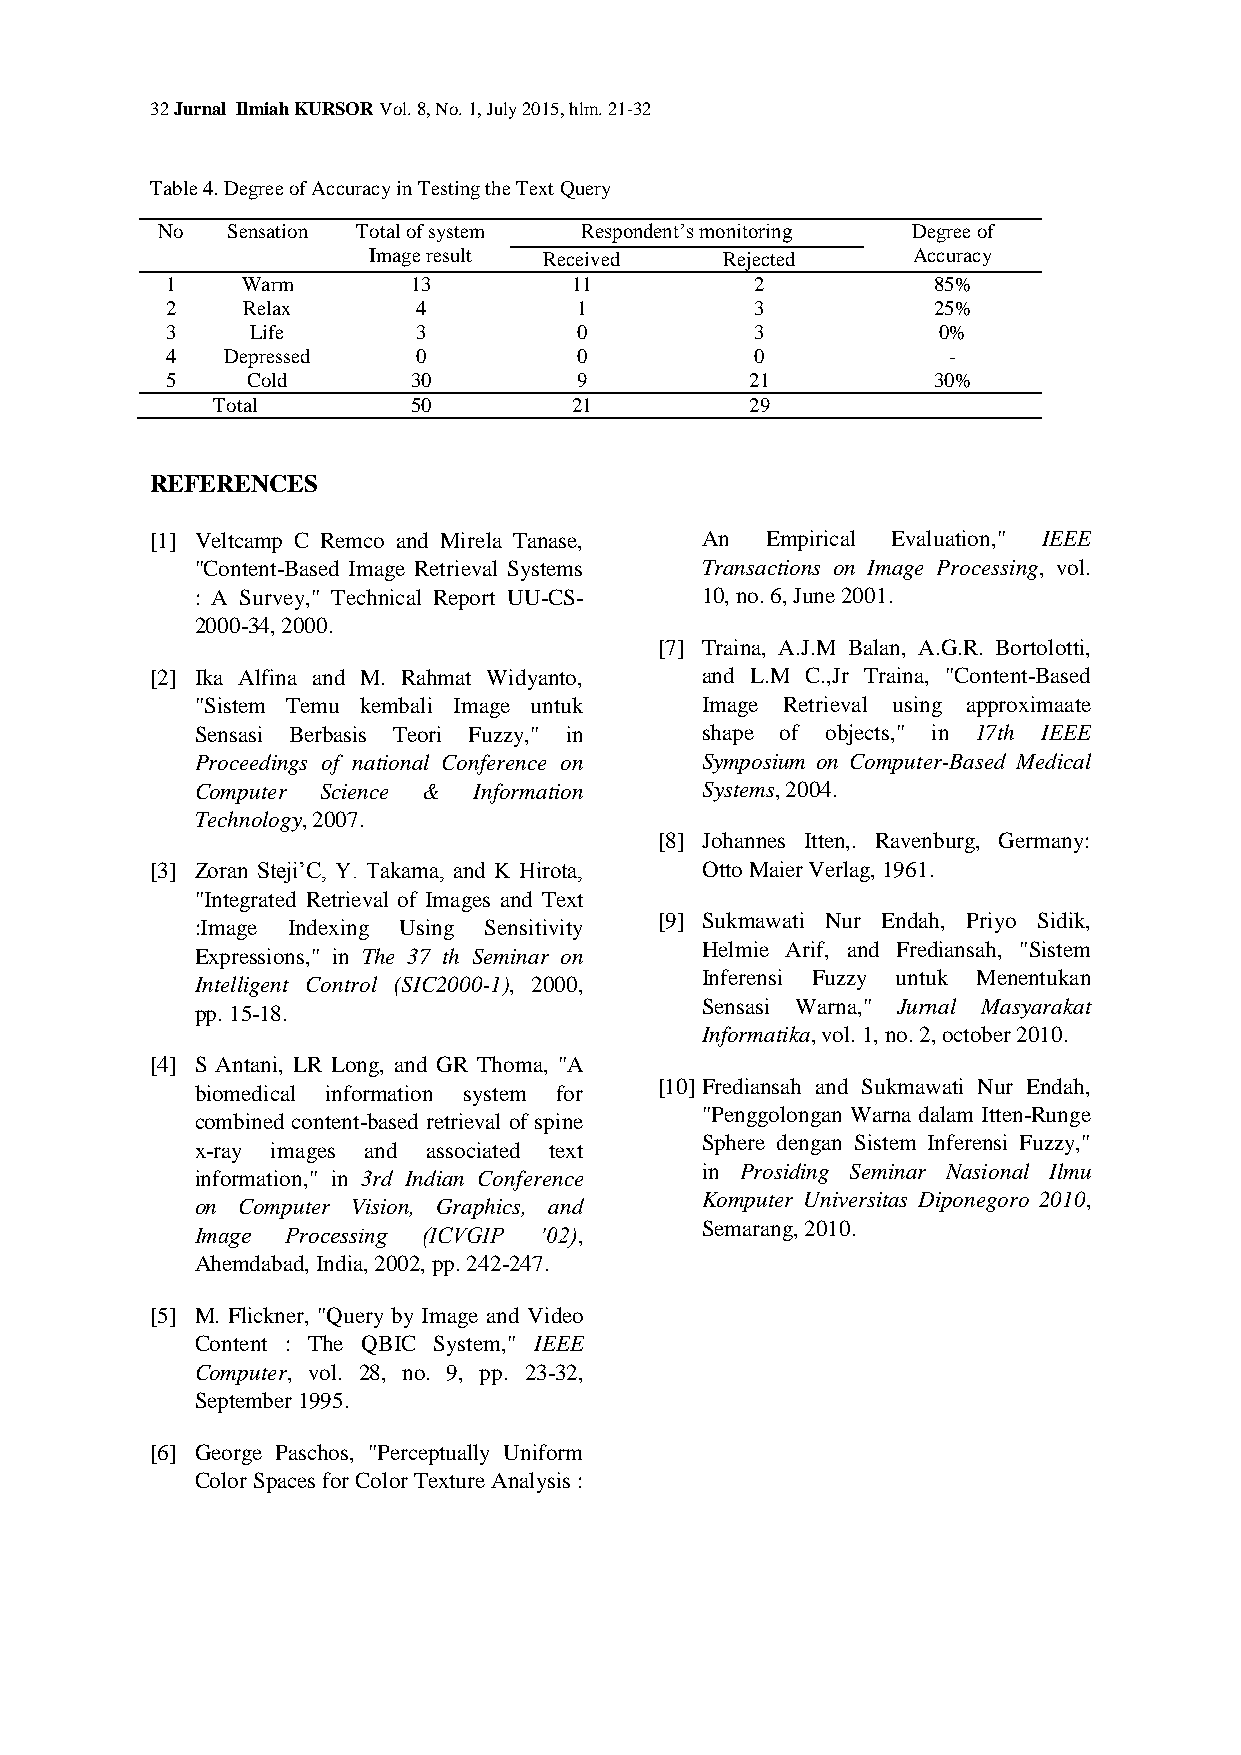
32 Jurnal Ilmiah KURSOR Vol. 8, No. 1, July 2015, hlm. 21-32
 Table 4. Degree of Accuracy in Testing the Text Query
 No   Sensation Total of system Respondent’s monitoring Degree of
 Image result Received   Rejected    Accuracy
 1    Warm       13         11          2           85%
 2    Relax      4          1           3           25%
 3     Life      3          0           3           0%
 4   Depressed   0          0           0            -
 5    Cold       30         9           21          30%
 Total        50         21          29
 REFERENCES
 [1] Veltcamp C Remco and Mirela Tanase, An Empirical Evaluation," IEEE
 "Content-Based Image Retrieval Systems Transactions on Image Processing, vol.
 : A Survey," Technical Report UU-CS- 10, no. 6, June 2001.
 2000-34, 2000.
 [7] Traina, A.J.M Balan, A.G.R. Bortolotti,
 [2] Ika Alfina and M. Rahmat Widyanto, and L.M C.,Jr Traina, "Content-Based
 "Sistem Temu kembali Image untuk Image Retrieval using approximaate
 Sensasi Berbasis Teori Fuzzy," in shape of objects," in 17th IEEE
 Proceedings of national Conference on Symposium on Computer-Based Medical
 Computer Science & Information   Systems, 2004.
 Technology, 2007.
 [8] Johannes Itten,. Ravenburg, Germany:
 [3] Zoran Steji’C, Y. Takama, and K Hirota, Otto Maier Verlag, 1961.
 "Integrated Retrieval of Images and Text
 [9] Sukmawati Nur Endah, Priyo Sidik,
 :Image Indexing Using Sensitivity
 Helmie Arif, and Frediansah, "Sistem
 Expressions," in The 37 th Seminar on
 Inferensi Fuzzy untuk Menentukan
 Intelligent Control (SIC2000-1), 2000,
 Sensasi Warna," Jurnal Masyarakat
 pp. 15-18.
 Informatika, vol. 1, no. 2, october 2010.
 [4] S Antani, LR Long, and GR Thoma, "A
 [10] Frediansah and Sukmawati Nur Endah,
 biomedical information system for
 "Penggolongan Warna dalam Itten-Runge
 combined content-based retrieval of spine
 Sphere dengan Sistem Inferensi Fuzzy,"
 x-ray images and associated text
 in Prosiding Seminar Nasional Ilmu
 information," in 3rd Indian Conference
 Komputer Universitas Diponegoro 2010,
 on Computer Vision, Graphics, and
 Semarang, 2010.
 Image Processing (ICVGIP ’02),
 Ahemdabad, India, 2002, pp. 242-247.
 [5] M. Flickner, "Query by Image and Video
 Content : The QBIC System," IEEE
 Computer, vol. 28, no. 9, pp. 23-32,
 September 1995.
 [6] George Paschos, "Perceptually Uniform
 Color Spaces for Color Texture Analysis :